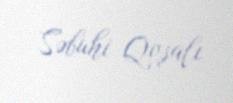
Səbuhi Qoşalı